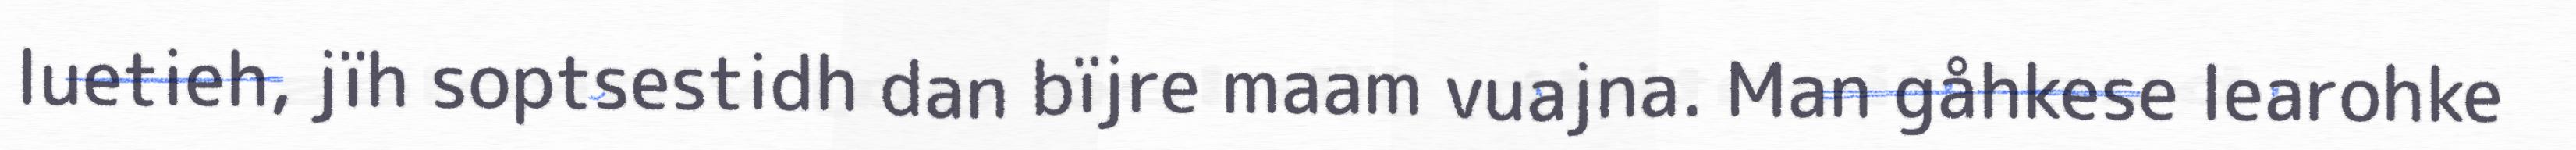
luetieh, jïh soptsestidh dan bïjre maam vuajna. Man gåhkese learohke